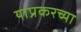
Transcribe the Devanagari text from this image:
याप्रकरच्या